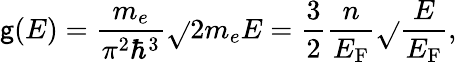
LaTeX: \mathsf{g}(E)={\frac{{m_{e}}}{{\pi^{2}\hbar^{3}}}}{\sqrt{}{{2m_{e}E}}}={\frac{{3}}{{2}}}{\frac{{n}}{{E_{\mathrm{{{F}}}}}}}{\sqrt{}{{\frac{{E}}{{E_{\mathrm{{{F}}}}}}}}},